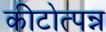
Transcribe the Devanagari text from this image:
कीटोत्पन्न